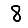
Digit: 8